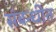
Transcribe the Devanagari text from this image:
संबन्धीत